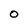
Character: O